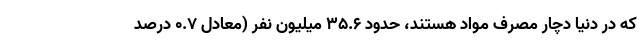
که در دنیا دچار مصرف مواد هستند، حدود ۳۵.۶ میلیون نفر (معادل ۰.۷ درصد